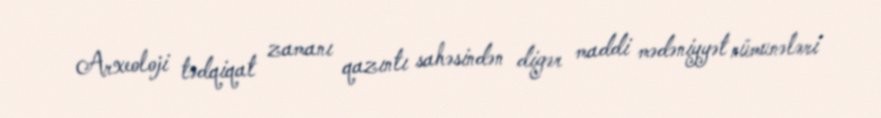
Arxeoloji tədqiqat zamanı qazıntı sahəsindən digər maddi mədəniyyət nümunələri